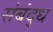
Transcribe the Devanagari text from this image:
संबंद्‌ध